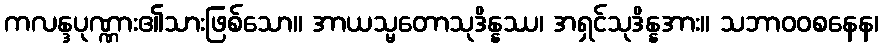
ကလန္ဒပုဏ္ဏား၏သားဖြစ်သော။ အာယသ္မတောသုဒိန္နဿ၊ အရှင်သုဒိန္နအား။ သဘာဝဝစနေန၊